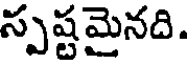
స్పష్టమైనది.